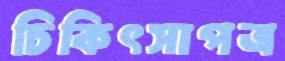
চিকিৎসাপত্র